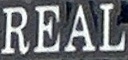
REAL